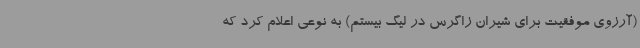
(آرزوی موفقیت برای شیران زاگرس در لیگ بیستم) به نوعی اعلام کرد که